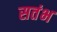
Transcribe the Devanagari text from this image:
सतंभ